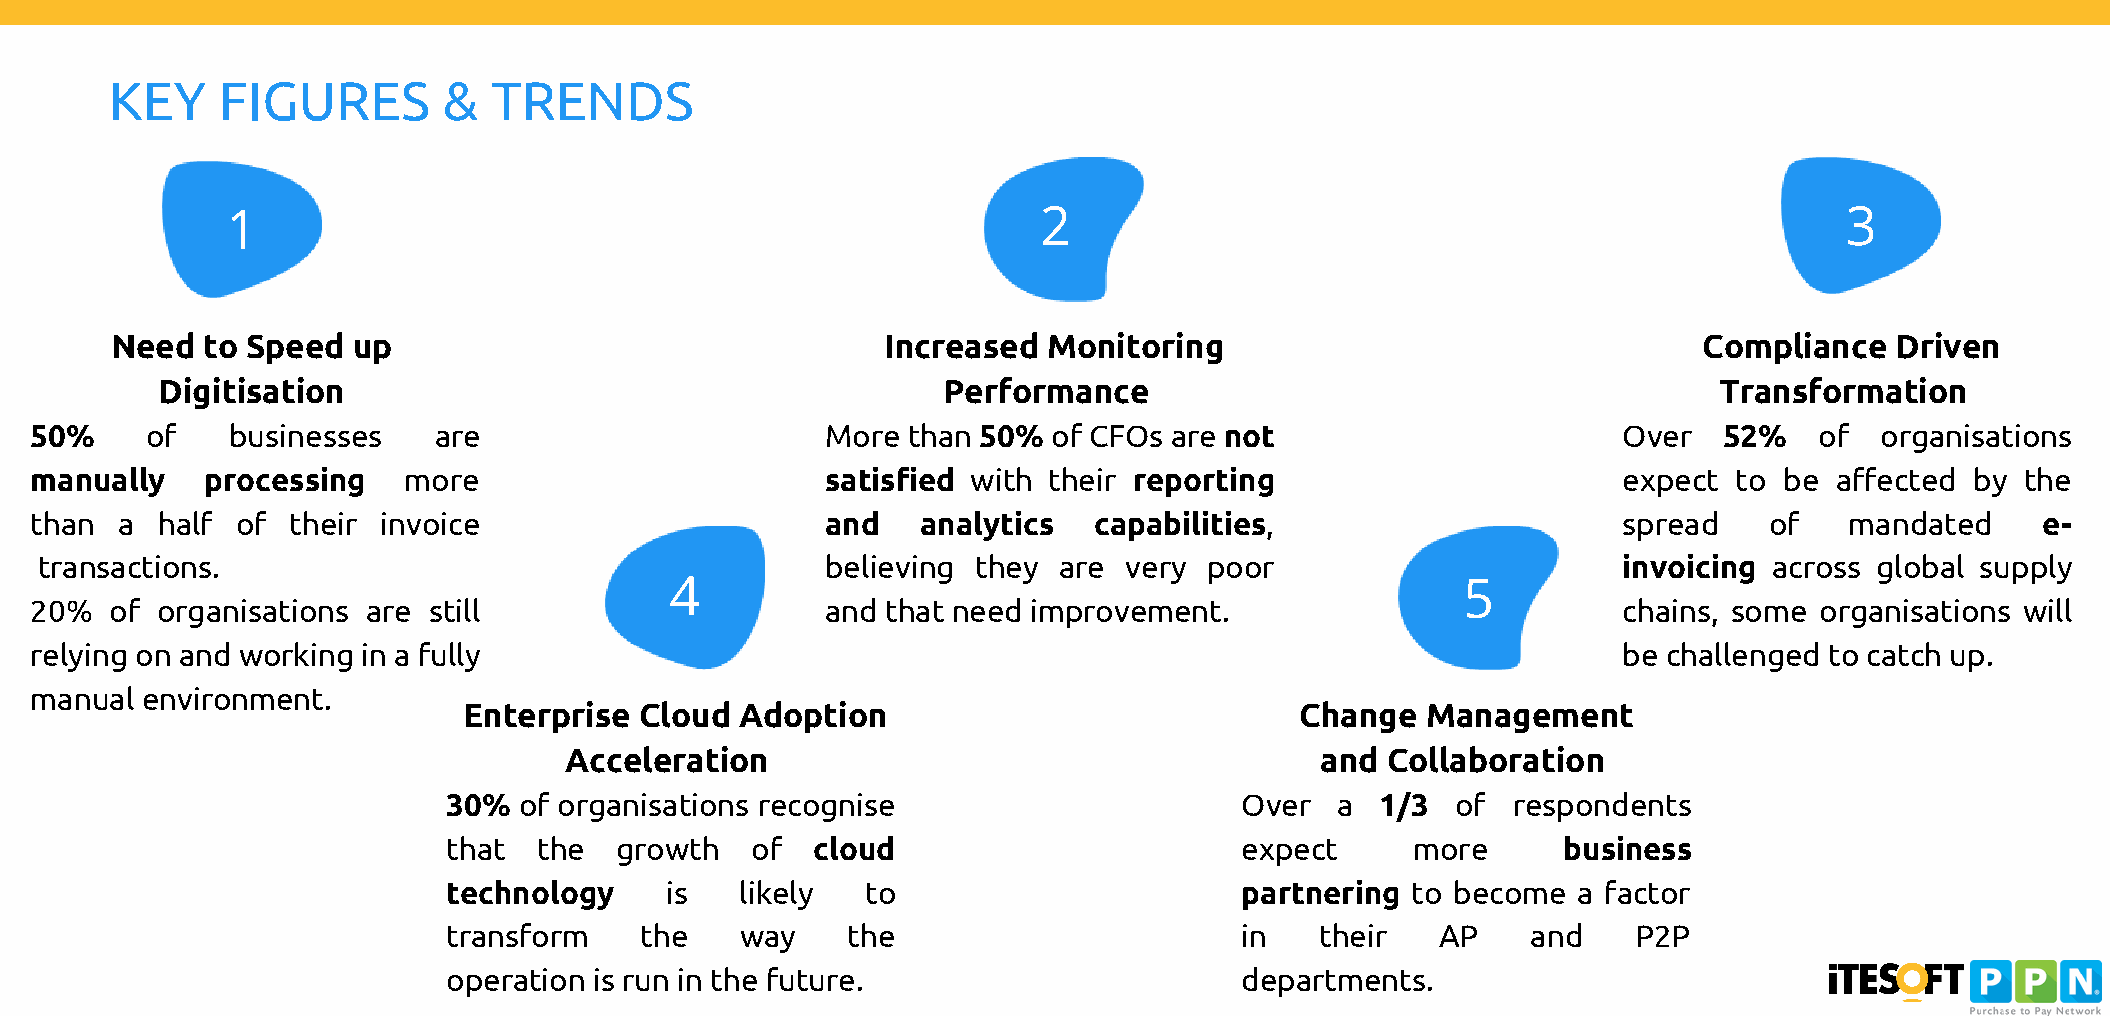
KEY    FIGURES        &  TRENDS
 1                                                     2                                                    3
 Need  to Speed  up                                  Increased Monitoring                                  Compliance  Driven
 Digitisation                                        Performance                                         Transformation
 50%     of   businesses    are                       More than 50%  of CFOs are not                      Over   52%   of  organisations
 manually    processing   more                        satisfied with their reporting                      expect  to be affected  by the
 than  a half  of their invoice                       and   analytics  capabilities,                      spread    of   mandated     e-
 transactions.                                        believing they are very  poor                       invoicing across global supply
 4                                                    5
 20%  of organisations are still                      and that need improvement.                          chains, some organisations will
 relying on and working in a fully                                                                        be challenged to catch up.
 manual environment.
 Enterprise Cloud  Adoption                             Change  Management
 Acceleration                                      and  Collaboration
 30% of organisations recognise                      Over  a  1/3  of  respondents
 that  the  growth   of  cloud                       expect      more     business
 technology    is   likely  to                       partnering to become  a factor
 transform   the    way    the                       in   their   AP    and    P2P
 operation is run in the future.                     departments.